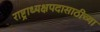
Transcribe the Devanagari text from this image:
राष्ट्राध्यक्षपदासाठीच्या